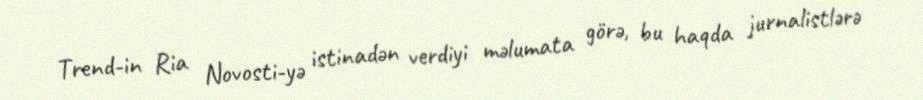
Trend-in Ria Novosti-yə istinadən verdiyi məlumata görə, bu haqda jurnalistlərə